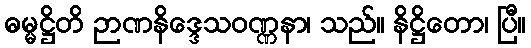
ဓမ္မဋ္ဌိတိ ဉာဏနိဒ္ဒေသဝဏ္ဏနာ၊ သည်။ နိဋ္ဌိတော၊ ပြီ။